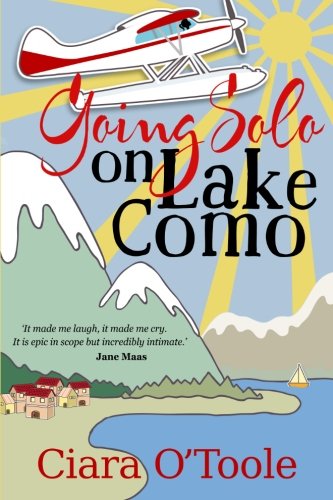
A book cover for Going Solo on Lake Como; Ciara O'Toole; Travel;